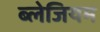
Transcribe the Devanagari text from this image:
ब्लेजियम